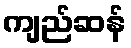
ကျည်ဆန်